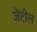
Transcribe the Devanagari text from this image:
जेंटील